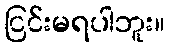
ငြင်းမရပါဘူး။